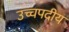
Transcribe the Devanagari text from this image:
उच्चपदीय